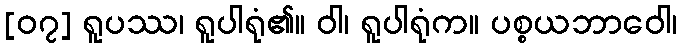
[၀၇] ရူပဿ၊ ရူပါရုံ၏။ ဝါ၊ ရူပါရုံက။ ပစ္စယဘာဝေါ၊